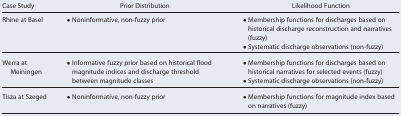
<table><thead><tr><td><b>Case Study</b></td><td><b>Prior Distribution</b></td><td><b>Likelihood Function</b></td></tr></thead><tbody><tr><td>Rhine at Basel</td><td>• Noninformative, non‐fuzzy prior</td><td>• Membership functions for discharges based on historical discharge reconstruction and narratives (fuzzy)• Systematic discharge observations (non‐fuzzy)</td></tr><tr><td>Werra at Meiningen</td><td>• Informative fuzzy prior based on historical flood magnitude indices and discharge threshold between magnitude classes</td><td>• Membership functions for discharges based on historical narratives for selected events (fuzzy)• Systematic discharge observations (non‐fuzzy)</td></tr><tr><td>Tisza at Szeged</td><td>• Noninformative, non‐fuzzy prior</td><td>• Membership functions for magnitude index based on narratives (fuzzy)</td></tr></tbody></table>